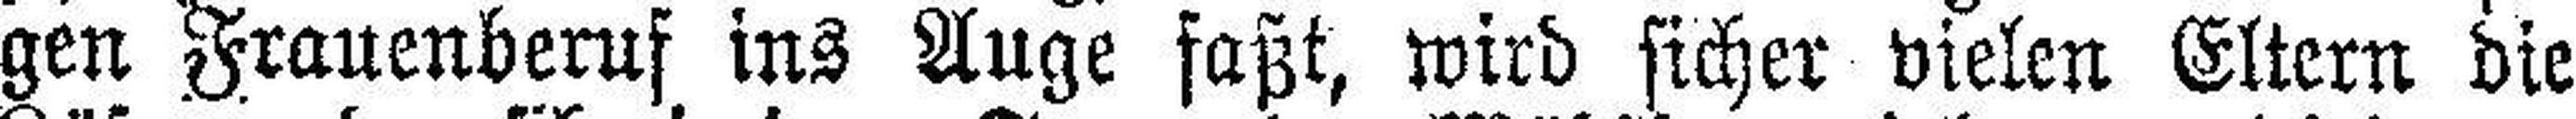
gen Frauenberuf ins Auge faßt, wird sicher vielen Eltern die